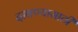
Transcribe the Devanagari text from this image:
दाबण्यासाठी